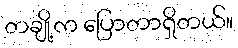
တချို့က ပြောတာရှိတယ်။